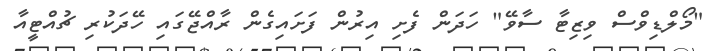
"މޯލްޑިވްސް ވިޒިޓާ ސާވޭ" ހަދަން ފެށި އިރުން ފަށައިގެން ރާއްޖޭގައި ހޭދަކުރި ޗުއްޓީއާ